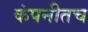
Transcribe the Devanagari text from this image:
कंपनीतच